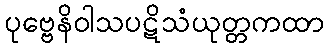
ပုဗ္ဗေနိဝါသပဋိသံယုတ္တကထာ